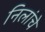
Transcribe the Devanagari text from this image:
निलांचे